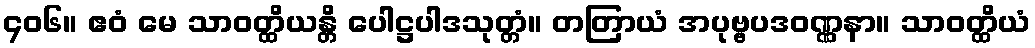
၄၀၆။ ဧဝံ မေ သာဝတ္ထိယန္တိ ပေါဋ္ဌပါဒသုတ္တံ။ တတြာယံ အပုဗ္ဗပဒဝဏ္ဏနာ။ သာဝတ္ထိယံ